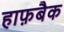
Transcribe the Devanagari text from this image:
हाफ़बैक